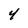
Character: 4